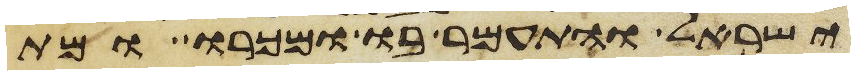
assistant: ישראל והתעמר בו ומכרו ומת